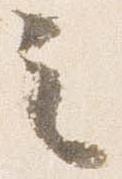
之